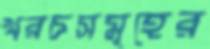
খরচসমূহের